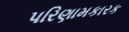
પરિણામકારક